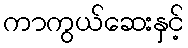
ကာကွယ်ဆေးနှင့်